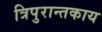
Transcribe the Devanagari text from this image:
त्रिपुरान्तकाय